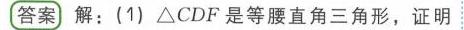
**答案** 解：(1) \(\triangle CDF\)是等腰直角三角形，证明